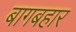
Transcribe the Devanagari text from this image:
बागबहार